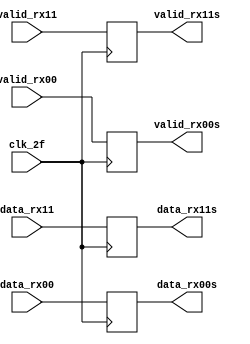
module etapaflops3( output reg [7:0] data_rx00s, data_rx11s,
		    output reg 	     valid_rx00s, valid_rx11s,
		    input wire [7:0] data_rx00, data_rx11,
		    input wire 	     valid_rx00, valid_rx11,
		    input wire 	     clk_2f );

   always @( posedge clk_2f ) begin
      data_rx00s <= data_rx00;
      data_rx11s <= data_rx11;
      valid_rx00s <= valid_rx00;
      valid_rx11s <= valid_rx11;
   end
   
endmodule